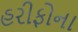
હરીફોના